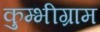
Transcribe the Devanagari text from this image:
कुम्भीग्राम